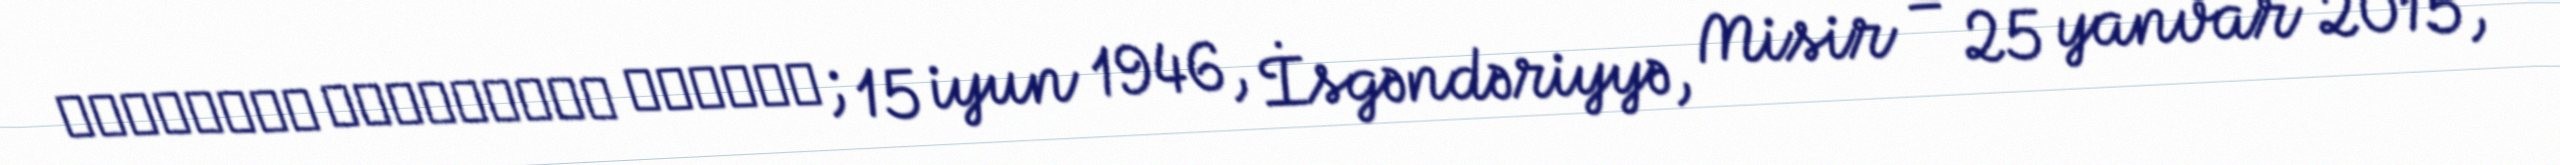
Αρτέμιος Βεντούρης Ρούσος; 15 iyun 1946, İsgəndəriyyə, Misir – 25 yanvar 2015,